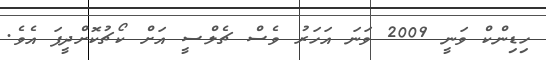
ހިޑިންކް ވަނީ 2009 ވަނަ އަހަރު ވެސް ޗެލްސީ އަށް ކޯޗުކޮށްދީފަ އެވެ.